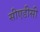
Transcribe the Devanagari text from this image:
सीएडीसी